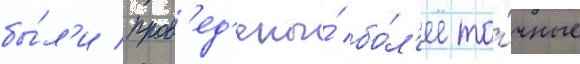
бы́л'и пров'ед'ены́ бо́л'ее то́чные